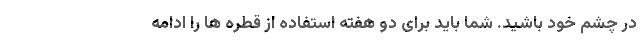
در چشم خود باشید. شما باید برای دو هفته استفاده از قطره ها را ادامه